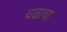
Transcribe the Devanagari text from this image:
चढाचा